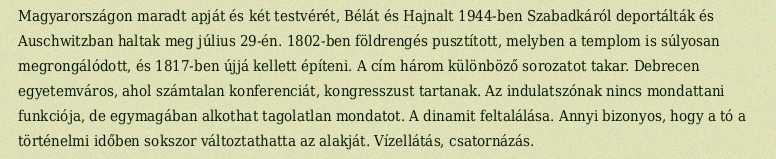
Magyarországon maradt apját és két testvérét, Bélát és Hajnalt 1944-ben Szabadkáról deportálták és Auschwitzban haltak meg július 29-én. 1802-ben földrengés pusztított, melyben a templom is súlyosan megrongálódott, és 1817-ben újjá kellett építeni. A cím három különböző sorozatot takar. Debrecen egyetemváros, ahol számtalan konferenciát, kongresszust tartanak. Az indulatszónak nincs mondattani funkciója, de egymagában alkothat tagolatlan mondatot. A dinamit feltalálása. Annyi bizonyos, hogy a tó a történelmi időben sokszor változtathatta az alakját. Vízellátás, csatornázás.